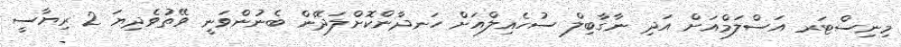
މިނިސްޓަރ އަސްލަމްއަށް އަދި ނާގާބިލް ސުހެއިލްއަށް ހަނދާންކޮށްލަދޭން ބެނުންވަނީ ވޭތުވެދިޔަ 2 ރިޔާސީ